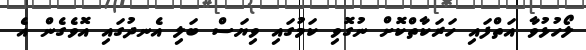
ލޯހުޅުވާ އަތްފައި ހަރަކާތްކޮށް ނުގޮވި ކަމުގައި ވިޔަސް ބަލި އެނދުގައި އޮވެގެން އެ